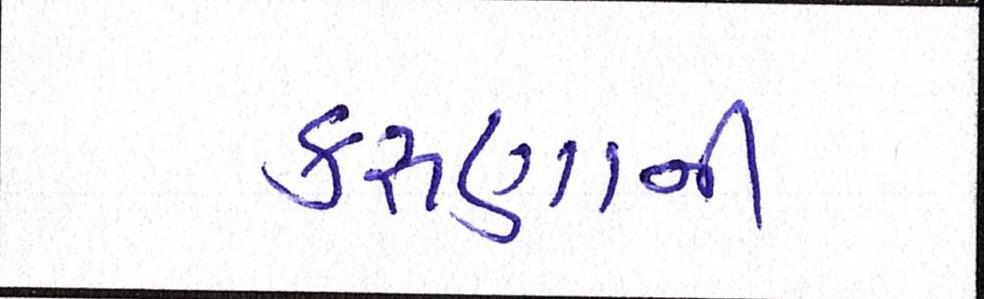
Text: કરુણાની